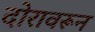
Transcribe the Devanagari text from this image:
दोरावरून